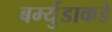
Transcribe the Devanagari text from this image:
बर्म्युडाकडे